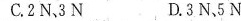
C.2N，3N D.3N，5N